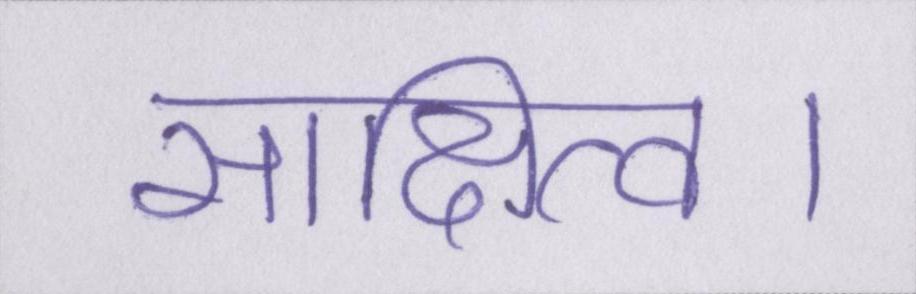
साक्षित्व।